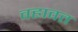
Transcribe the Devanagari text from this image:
वहावत